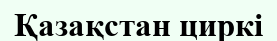
Қазақстан циркі